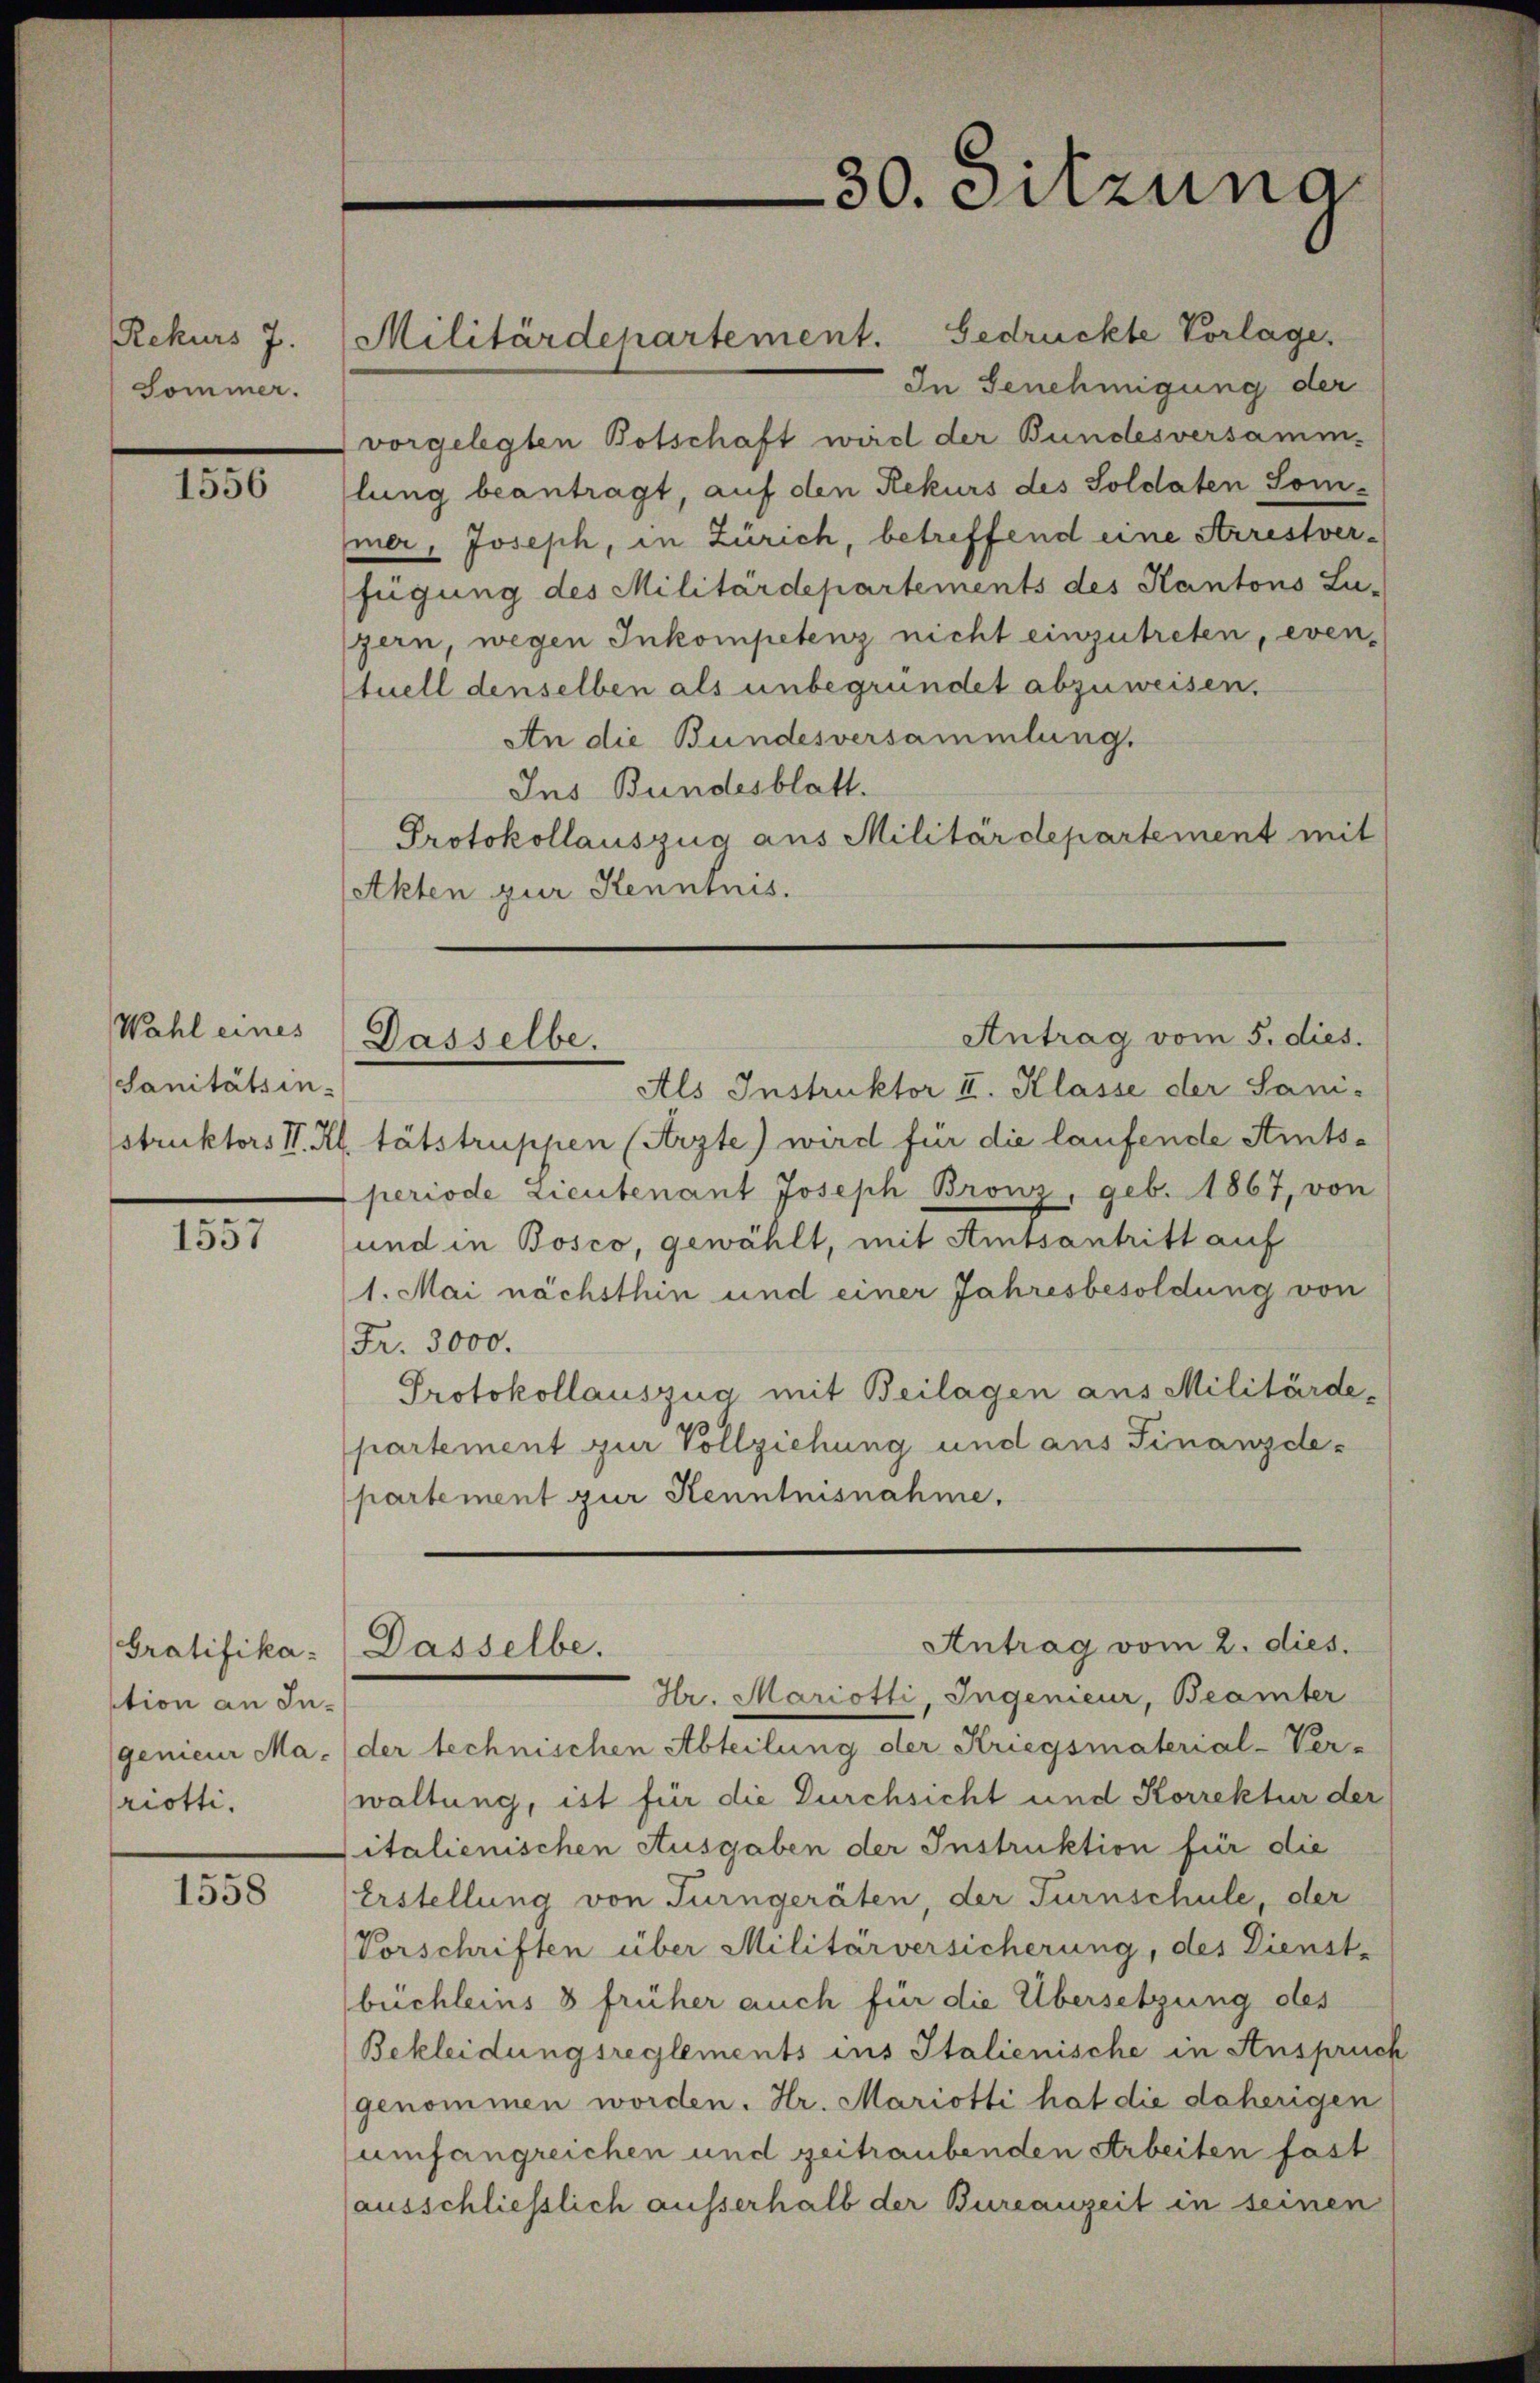
Rekurs 7.
Sommer.

1556

Wahl eines
Sanitätsin-

1557

Gratifikaption an Inriotti.

1558

Militärdepartement. Gedrückte Vorlage.

In Genehmigung der
vorgelegten Botschaft wird der Bundesversamm-
lung beantragt, auf den Rekurs des Soldaten Som-
mer, Joseph, in Zürich, betreffend eine Arrestverfügung des Militärdepartements des Kantons Lu-
zern wegen Inkompetenz nicht einzutreten, even-
tuell denselben als unbegründet abzuweisen.
An die Bundesversammlung.
Ins Bundesblatt.
Protokollauszug aus Militärdepartement mit
Akten zur Kenntnis.

Als Instruktor I. Klasse der Sani-
struktors V. Kl. tatstruppen (Arzte) wird für die laufende Amtsperiode Lieutenant Joseph Bronz, geb. 1867, von
und in Bosco, gewählt, mit Amtsantritt auf
1. Mai nächsthin und einer Jahresbesoldung von
Fr. 3000.
Protokollauszug mit Beilagen aus Militärde-
partement zur Vollziehung und aus Finanzdepartement zur Kenntnisnahme.

Antrag vom 5. dies.
Dasselbe.

Dasselbe.

30. Sitzung

Antrag vom 2. dies.

Hr. Mariotti, Ingenieur, Beamter
genieur Ma. (der technischen Abteilung der Kriegsmaterial-Ver-
waltung, ist für die Durchsicht und Korrektur der
italienischen Ausgaben der Instruktion für die
Erstellung von Turngeräten, der Turnschule, der
Vorschriften über Militärversicherung, des Dienst-
büchleins 8 früher auch für die Übersetzung des
Bekleidungsreglements ins Italienische in Anspruch
genommen worden. Hr. Mariotti hat die daherigen
umfangreichen und zeitraubenden Arbeiten fast
ausschliesslich ausserhalb der Bureauzeit in seinen